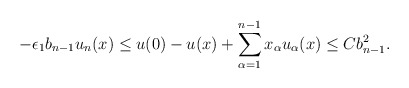
\begin{align*}- \epsilon_1 b_{n-1} u_n (x) \leq u(0) - u(x) + \sum_{\alpha = 1}^{n-1} x_\alpha u_\alpha (x) \leq C b_{n-1}^2.\end{align*}